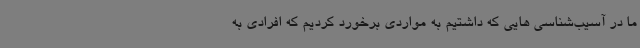
ما در آسیب‌شناسی هایی که داشتیم به مواردی برخورد کردیم که افرادی به